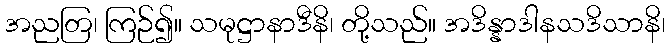
အညတြ၊ ကြဉ်၍။ သမုဋ္ဌာနာဒီနိ၊ တို့သည်။ အဒိန္နာဒါနသဒိသာနိ၊